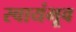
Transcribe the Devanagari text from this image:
स्वायंभूव